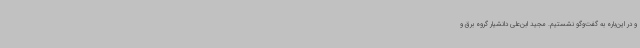
و در این‌باره به گفت‌وگو نشستیم. مجید ابن‌علی دانشیار گروه برق و